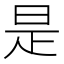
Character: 是